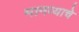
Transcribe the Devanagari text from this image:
मानव्याचे